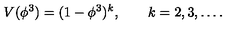
V ( \phi ^ { 3 } ) = ( 1 - \phi ^ { 3 } ) ^ { k } , \qquad k = 2 , 3 , \ldots .